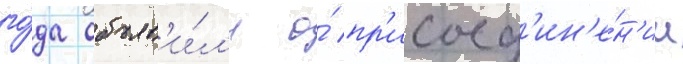
го́да объяв'и́л'и о́ пр'исоед'ин'е́н'ии